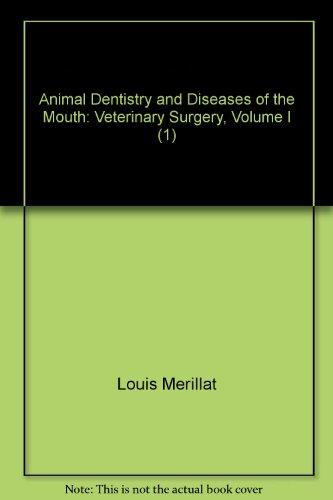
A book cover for Animal Dentistry and Diseases of the Mouth: Veterinary Surgery, Volume I (1); Louis Merillat; Medical Books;